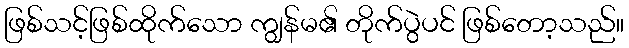
ဖြစ်သင့်ဖြစ်ထိုက်သော ကျွန်မ၏ တိုက်ပွဲပင် ဖြစ်တော့သည်။